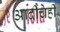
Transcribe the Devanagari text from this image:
आदींचेही